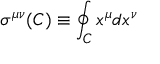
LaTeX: \sigma ^ { \mu \nu } ( C ) \equiv \oint _ { C } x ^ { \mu } d x ^ { \nu }